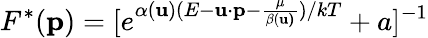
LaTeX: F^{*}(\textbf{p})=[e^{\alpha(\textbf{u})(E-\textbf{u}\cdot\textbf{p}-\frac{\mu}{\beta(\textbf{u)}})/kT}+a]^{-1}